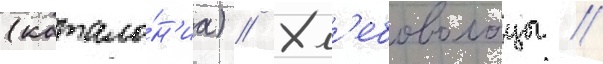
(катало́н'иа) // Хл'ебовольцы //